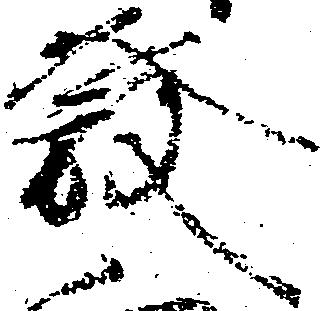
発